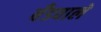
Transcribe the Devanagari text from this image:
बँडवाले